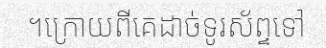
។ក្រោយពីគេដាច់ទូរស័ព្ទទៅ